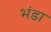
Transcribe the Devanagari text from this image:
भंडा